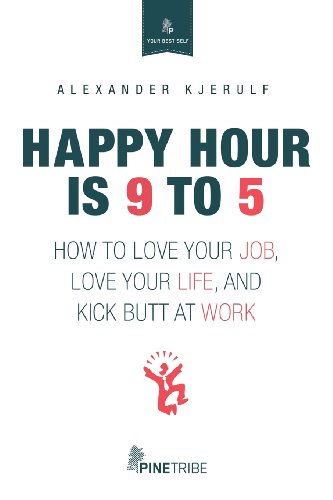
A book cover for Happy Hour Is 9 to 5; Alexander Kjerulf; Business & Money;